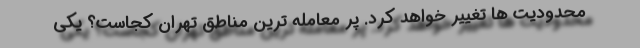
محدودیت ها تغییر خواهد کرد. پر معامله ترین مناطق تهران کجاست؟ یکی